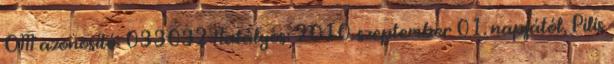
OM azonosító: 033032 Hatályos: 2010. szeptember 01. napjától, Pilis